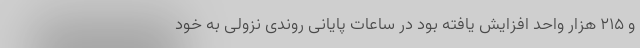
و ۲۱۵ هزار واحد افزایش یافته بود در ساعات پایانی روندی نزولی به خود